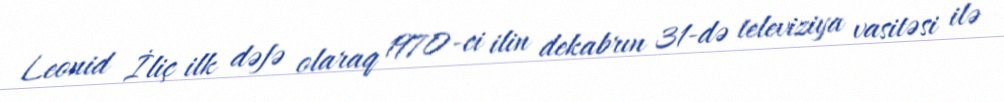
Leonid İliç ilk dəfə olaraq 1970-ci ilin dekabrın 31-də televiziya vasitəsi ilə